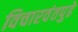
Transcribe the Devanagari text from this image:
विचारवंतपुढे